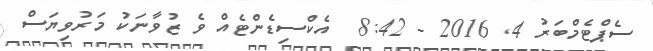
ސެޕްޓެމްބަރު 4